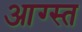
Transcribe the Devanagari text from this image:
आग्स्त